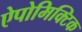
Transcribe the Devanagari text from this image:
ऐपोमिक्टिक